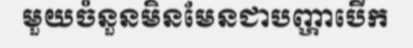
មួយចំនួនមិនមែនជាបញ្ហាបើក